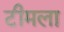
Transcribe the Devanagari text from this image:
टीमला